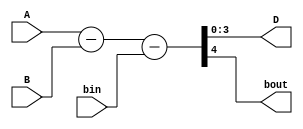
module Lab2_4_bit_BLS_behavioral(input [3:0] A, B, input bin, output reg [3:0] D, output reg bout);
    always @(A, B, bin) begin
        {bout, D} = A - B - bin;
    end
endmodule